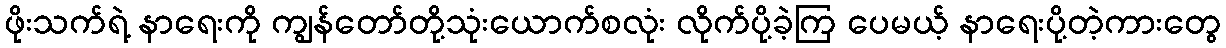
ဖိုးသက်ရဲ့ နာရေးကို ကျွန်တော်တို့သုံးယောက်စလုံး လိုက်ပို့ခဲ့ကြ ပေမယ့် နာရေးပို့တဲ့ကားတွေ